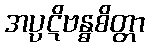
အပ္ပဋိဗန္ဓစိတ္တာ